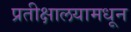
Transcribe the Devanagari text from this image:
प्रतीक्षालयामधून